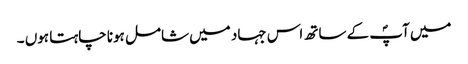
میں آپؐ کے ساتھ اس جہاد میں شامل ہونا چاہتا ہوں ۔